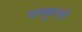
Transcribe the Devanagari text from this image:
पास्कुएनी